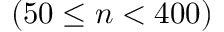
( 5 0 \leq n < 4 0 0 )